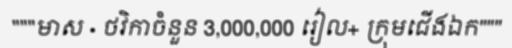
"""មាស · ថវិកាចំនួន 3,000,000 រៀល+ ក្រុមជើងឯក"""